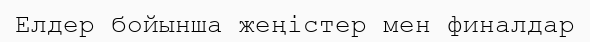
Елдер бойынша жеңістер мен финалдар